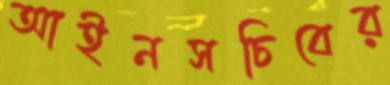
আইনসচিবের